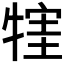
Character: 𤚣